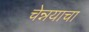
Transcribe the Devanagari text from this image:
चेन्नयाचा